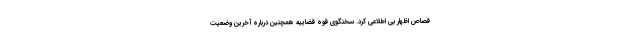
قصاص اظهار بی اطلاعی کرد. سخنگوی قوه قضاییه همچنین درباره آخرین وضعیت